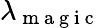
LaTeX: \lambda_{\mathrm{~m~a~g~i~c~}}